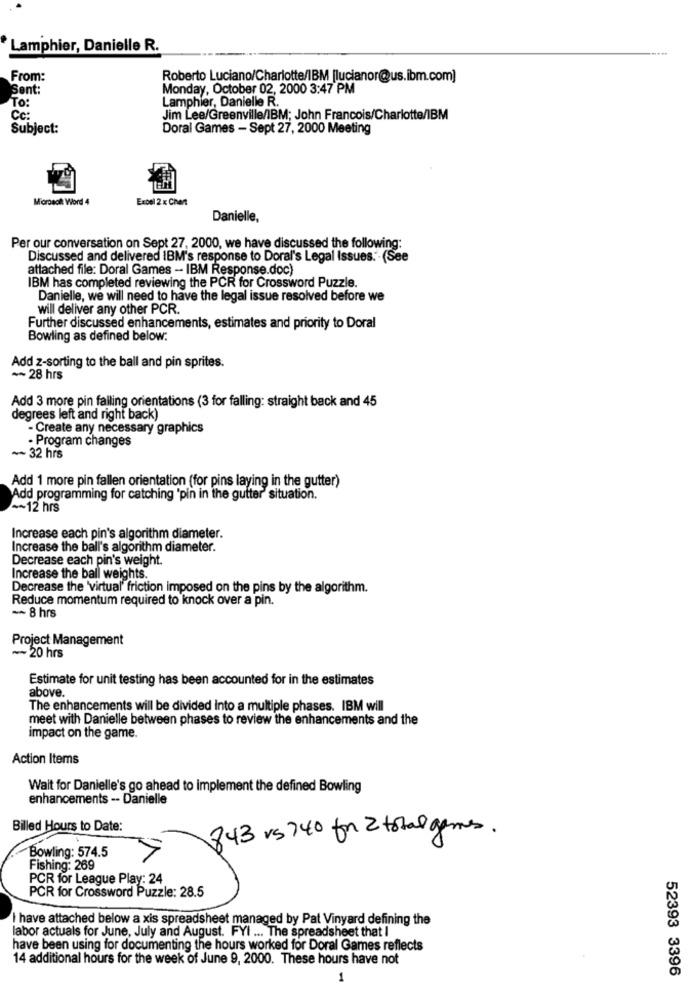
Lamphier, Danielle R.
From:
Roberto Luciano/Charlotte/IBM [lucianor@us.ibm.com]
Sent:
Monday, October 02, 2000 3:47 PM
Lamphier, Danielle R.
To:
Cc:
Jim Lee/Greenville/IBM; John Francois/Charlotte/IBM
Subject:
Doral Games - Sept 27, 2000 Meeting
Morecht Word 4
Excel 2 x Chent
Danielle,
Per our conversation on Sept 27, 2000, we have discussed the following:
Discussed and delivered IBM's response to Doral's Legal Issues. - (See
attached file: Doral Games - IBM Response.doc)
IBM has completed reviewing the PCR for Crossword Puzzle.
Danielle, we will need to have the legal issue resolved before we
will deliver any other PCR.
Further discussed enhancements, estimates and priority to Doral
Bowling as defined below:
Add z-sorting to the ball and pin sprites.
~~ 28 hrs
Add 3 more pin falling orientations (3 for falling: straight back and 45
degrees left and right back)
- Create any necessary graphics
- Program changes
~~ 32 hrs
Add 1 more pin fallen orientation (for pins laying in the gutter)
Add programming for catching 'pin in the gutter" situation.
~~ 12 hrs
Increase each pin's algorithm diameter.
Increase the ball's algorithm diameter.
Decrease each pin's weight.
Increase the ball weights.
Decrease the 'virtual friction imposed on the pins by the algorithm.
Reduce momentum required to knock over a pin.
~~ 8 hrs
Project Management
~~ 20 hrs
Estimate for unit testing has been accounted for in the estimates
above
The enhancements will be divided Into a multiple phases. IBM will
meet with Danielle between phases to review the enhancements and the
impact on the game.
Action Items
Wait for Danielle's go ahead to implement the defined Bowling
enhancements -- Danielle
Billed Hours to Date:
843 vs 740 for 2 total games.
Bowling: 574.5
Fishing: 269
PCR for League Play: 24
PCR for Crossword Puzzle: 28.5
I have attached below a xis spreadsheet managed by Pat Vinyard defining the
labor actuals for June, July and August. FYI ... The spreadsheet that I
have been using for documenting the hours worked for Doral Games reflects
14 additional hours for the week of June 9, 2000. These hours have not
52393 3396
1